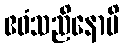
ဧဝံသညိနောပိ